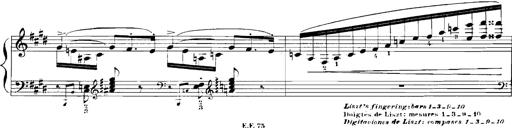
Title: Rhapsodies hongroises
Composer: Franz Liszt